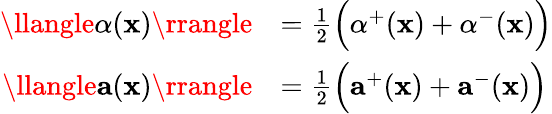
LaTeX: \begin{array}{rl}{\llangle\alpha(\mathbf{x})\rrangle}&{=\frac{1}{2}\Big(\alpha^{+}(\mathbf{x})+\alpha^{-}(\mathbf{x})\Big)}\\ {\llangle\mathbf{a}(\mathbf{x})\rrangle}&{=\frac{1}{2}\Big(\mathbf{a}^{+}(\mathbf{x})+\mathbf{a}^{-}(\mathbf{x})\Big)}\end{array}